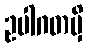
ဥပါဂတမှိ